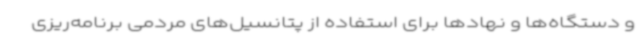
و دستگاه‌ها و نهادها برای استفاده از پتانسیل‌های مردمی برنامه‌ریزی